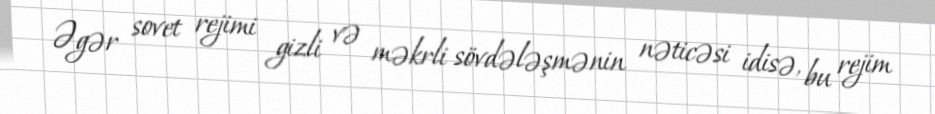
Əgər sovet rejimi gizli və məkrli sövdələşmənin nəticəsi idisə, bu rejim